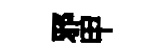
邪甲